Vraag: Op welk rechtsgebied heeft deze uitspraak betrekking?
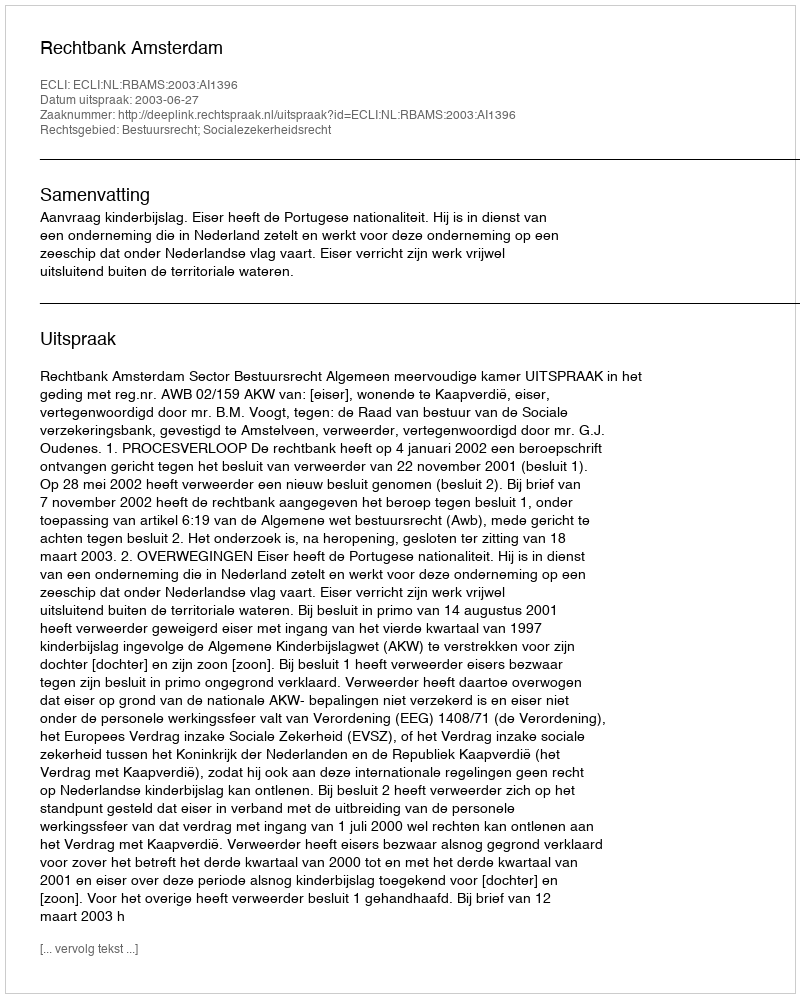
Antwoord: Bestuursrecht; Socialezekerheidsrecht